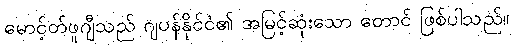
မောင့်တ်ဖူဂျီသည် ဂျပန်နိုင်ငံ၏ အမြင့်ဆုံးသော တောင် ဖြစ်ပါသည်။